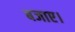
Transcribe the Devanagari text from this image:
बजाए।